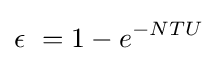
\epsilon \ =1-e^{-NTU}